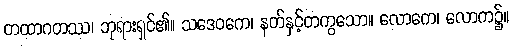
တထာဂတဿ၊ ဘုရားရှင်၏။ သဒေဝကေ၊ နတ်နှင့်တကွသော။ လောကေ၊ လောက၌။